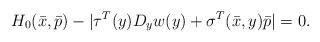
LaTeX: \begin{align*}H_0(\bar{x}, \bar{p}) - |\tau^T(y) D_y w(y)+\sigma^T(\bar{x},y) \bar{p}|=0 .\end{align*}